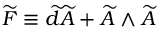
\widetilde { F } \equiv \widetilde { d } \widetilde { A } + \widetilde { A } \wedge \widetilde { A }